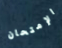
الإمتحان